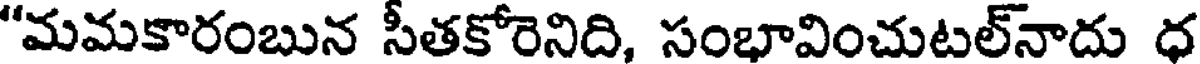
"మమకారంబున సీతకోరెనిది, సంభావించుటల్నాదు ధ